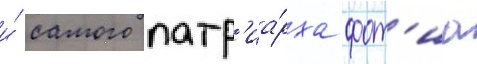
и́ самого патр'иа́рха фот'иа